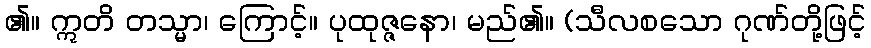
၏။ ဣတိ တသ္မာ၊ ကြောင့်။ ပုထုဇ္ဇနော၊ မည်၏။ (သီလစသော ဂုဏ်တို့ဖြင့်